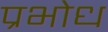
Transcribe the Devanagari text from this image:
प्रभोध